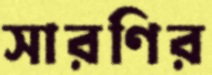
সারণির